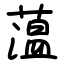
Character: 蕰